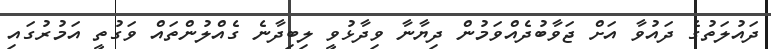
ދައުލަތުގެ ދައުވާ އަށް ޖަވާބުދެއްވަމުން ދިޔާނާ ވިދާޅުވީ ލިބިދާނެ ގެއްލުންތައް ވަގުތީ އަމުރުގައި